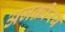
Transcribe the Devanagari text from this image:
अनक़ीरब